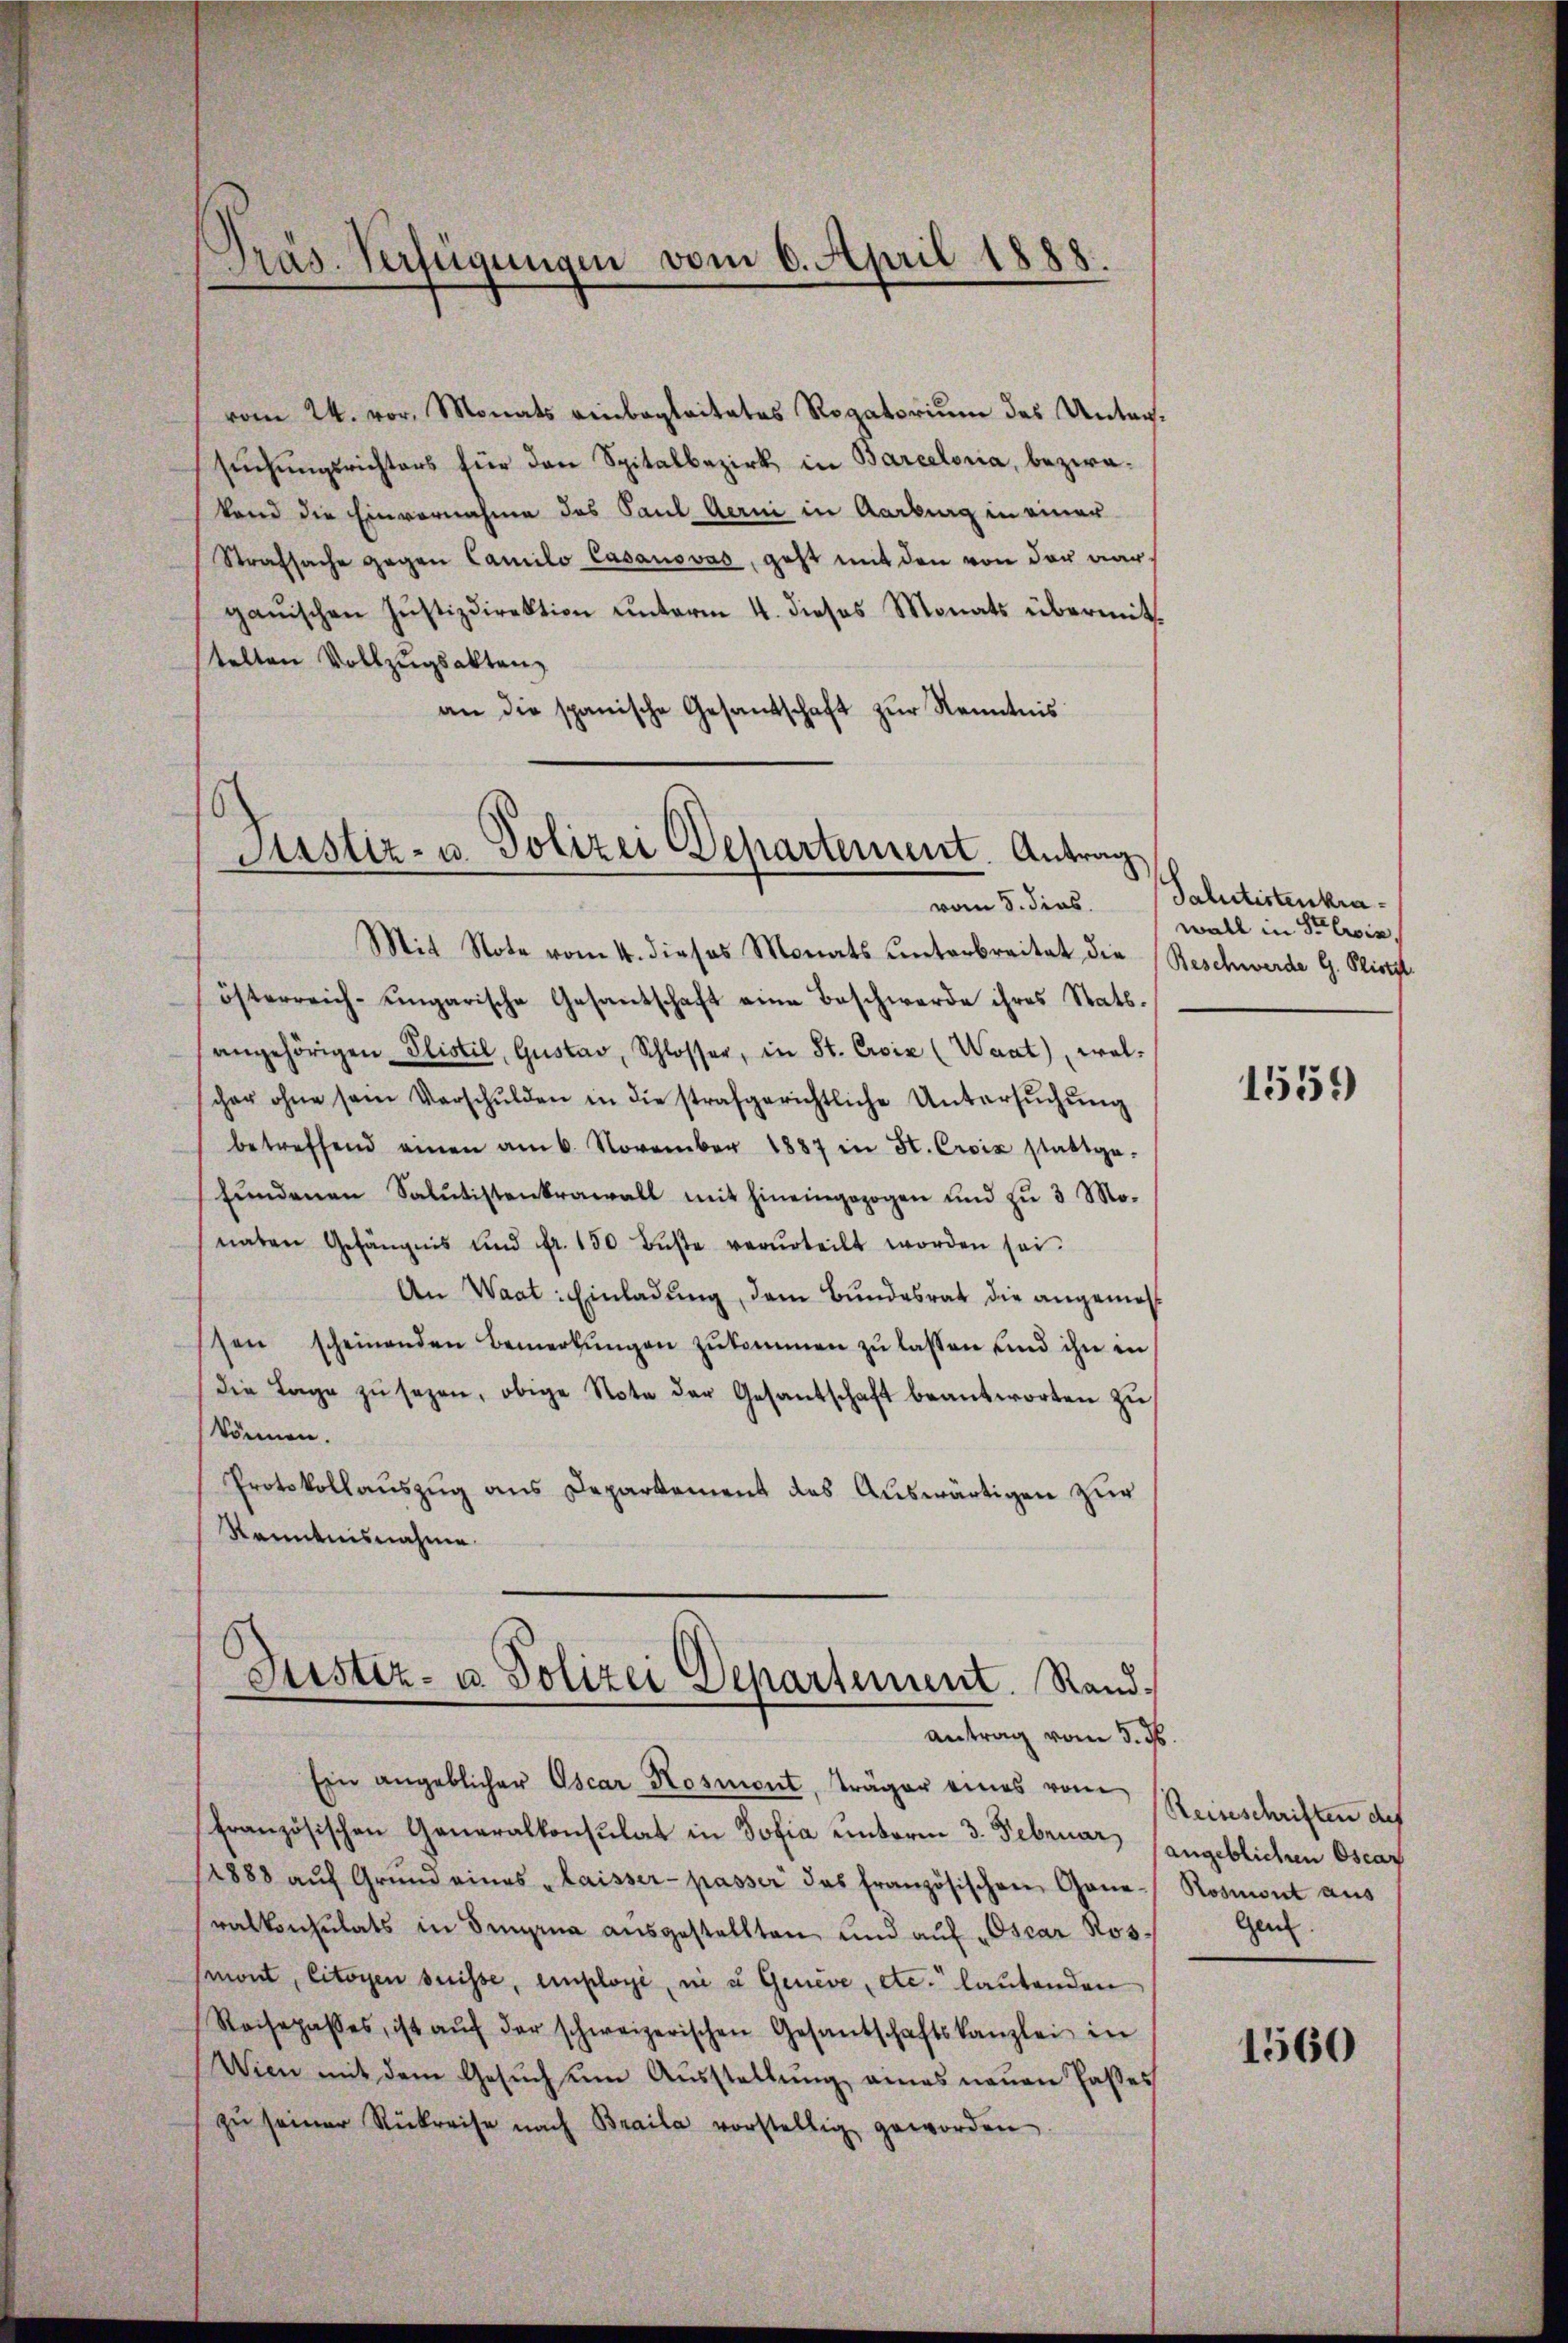
vom 24. vor, Monats einbegleitetes Rogatorium des Untersŭchŭngsrichters für den Spitalbezirk in Barceloria, bezwatand die Einvernahme des Paul Aerni in Aarburg in einer
Strafsache gegen Camilo Casanovas, geht mit den von der wargauischen Justizdirektion unterm 4. dieses Monats übermittelten Vollzugsakten,
an die spanische Gesandschaft zŭr Kenntnis

Präs. Verfügungen vom 6. April 1888.

Siustiz- u. Polizei Departement. Antrag

Mit Note vom 4. dieses Monats unterbreitet die Beschwerde G. Richt
österreich-ungarische Gesantschaft eine Beschwerde ihres Stats.
angehörigen Plistil, Gustav, Schlosser, in St. Croix (Waat), welcher ohne sein Verschŭlden in die strafgerichtliche Untersŭchŭng
betreffend einen am 6. November 1887 in St. Croix stattge-
fŭndenen Salŭtistenkrawall mit hineingezogen und zŭ 3 Mo-
naten Gefängnis und fr. 150 Bŭβe verurteilt worden sei.
An Waat: Einladung, dem Bundesrat die angemessen scheinenden Bemerkŭngen zŭkommen zŭ lassen und ihn in
die Lage zŭ sezen, obige Note der Gesantschaft beantworten zŭ
können.
Protokollauszug aus Departement des Auswärtigen zur
Kenntnisnahme
Justiz- u. Polizei Departement. Randantrag vom 3. ds.
Ein angeblicher Oscar Kosmont, träger eines vom
französischen Generalkonsulat in Sofia unterm 3. Februar, sangeblichen Oscaz
1888 aŭf Grŭnd eines laisser- passer das französischen Gane- Rosmont aus
ralkonsulats in Singina ausgestellten und auf Oscar Rosmont, citoyen suisse, einplogi, in u Genève, etc. lautenden
Rachepasses, ist aŭf der schweizerischen Gesantschaftskanzlei in
Wien mit dem Gesŭch ŭm Aŭsstellŭng eines neuen Passes
zŭ seiner Rükreise nach Braila vorstellig geworden

vom 5. dies Salutistenkrawall in Stein,

1519)

Reisschriften des
Gen.

1560